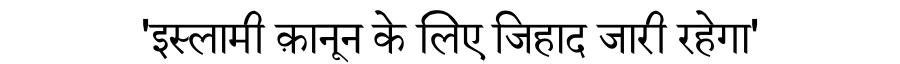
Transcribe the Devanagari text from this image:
'इस्लामी क़ानून के लिए जिहाद जारी रहेगा'